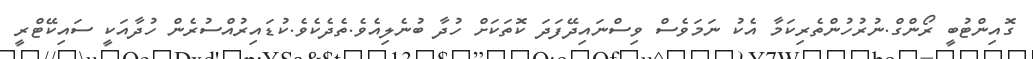
ގޮއިންޓުބީ ރޯންގް.ނުރުހުންތެރިކަމާ އެކު ނަމަވެސް ވިސްނައިދޭފަދަ ކޮތަކަށް ހުދާ ބުނެލިއެވެ.ތެދެކެވެ.ކުޑައިރުއްސުރެން ހުދާއަކީ ސައިކޭޓްރީ